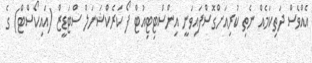
އެއްވެސް ދަތިކަމެއް ނެތި ކުރިއަށްގޮސްފައިވަނީ އިންސްޓިޓިއުޓް ފޯ ކަރެކްޝަނަލް ސްޓަޑީޒް (އައިކޯސްޓް) ގެ